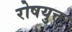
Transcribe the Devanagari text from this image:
रोषयुक्त